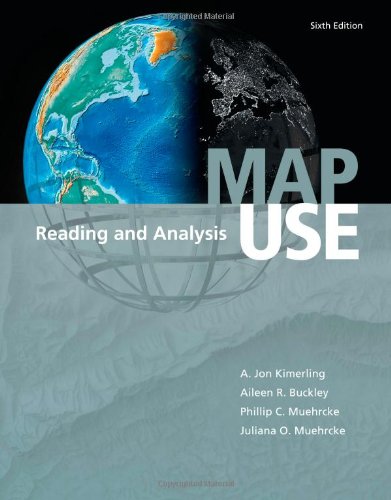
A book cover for Map Use: Reading and Analysis; Juliana O. Muehrcke; Science & Math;